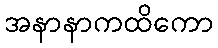
အနာနာကထိကော